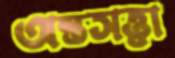
অন্তসত্ত্বা